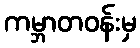
ကမ္ဘာတဝန်းမှ